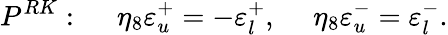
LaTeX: P^{RK}:\ \ \ \ \ \eta_{8}\varepsilon_{u}^{+}=-\varepsilon_{l}^{+},\ \ \ \ \ \eta_{8}\varepsilon_{u}^{-}=\varepsilon_{l}^{-}.